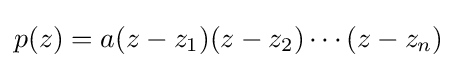
p(z)=a(z-z_{1})(z-z_{2})\cdots (z-z_{n})